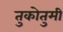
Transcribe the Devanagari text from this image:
तुकोतुमी